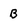
Character: b